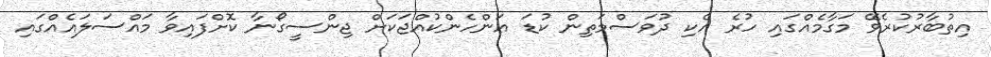
އިތުބާރުކުރެވޭ މަގާމެއްގައި ހުރެ އެކި ދުވަސްމަތިން ކުޑަ އަންހެންކުއްޖަކަށް ޖިންސީގޯނާ ކޮށްފައިވާ މައްސަލައެއްގައި